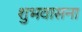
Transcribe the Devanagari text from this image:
शुभवासना